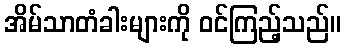
အိမ်သာတံခါးများကို ဝင်ကြည့်သည်။